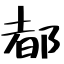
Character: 都